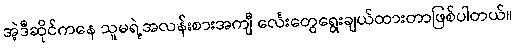
အဲ့ဒီဆိုင်ကနေ သူမရဲ့အလန်းစားအကျီ င်္လေးတွေရွေးချယ်ထားတာဖြစ်ပါတယ်။